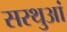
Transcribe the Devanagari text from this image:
सरथुआं